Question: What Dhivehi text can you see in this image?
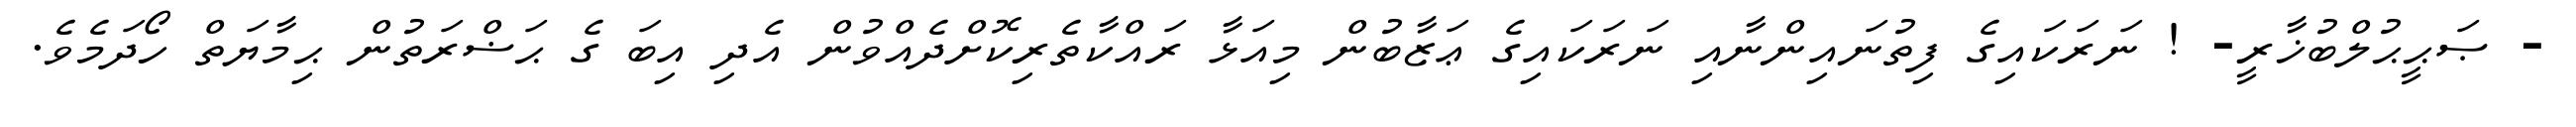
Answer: - ޞަޙީޙުލްބުޚާރީ- ! ނަރަކައިގެ ފިތުނައިންނާއި ނަރަކައިގެ ޢަޒާބުން މިއަޅާ ރައްކާތެރިކޮށްދެއްވުން އެދި އިބަ ގެ ޙަޟްރަތުން ޙިމާޔަތް ހޯދަމެވެ.